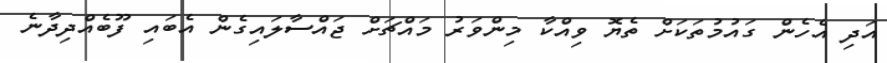
އަދި އެހެން ގައުމުތަކަށް ތެޔޮ ވިއްކާ މިންވަރު މައްޗަށް ޖައްސާލައިގެން އެބައި ފޫބެއްދިދާނެ